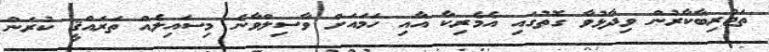
ތަޖުރިބާކާރުން ވިދާޅުވާ ގޮތުގައި އެމެރިކާ އާއި ހަމައަށް ވާސިލްވާނެ މިސައިލެއް ތަރައްޤީ ކުރަން